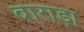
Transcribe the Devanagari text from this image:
बाराड़ा